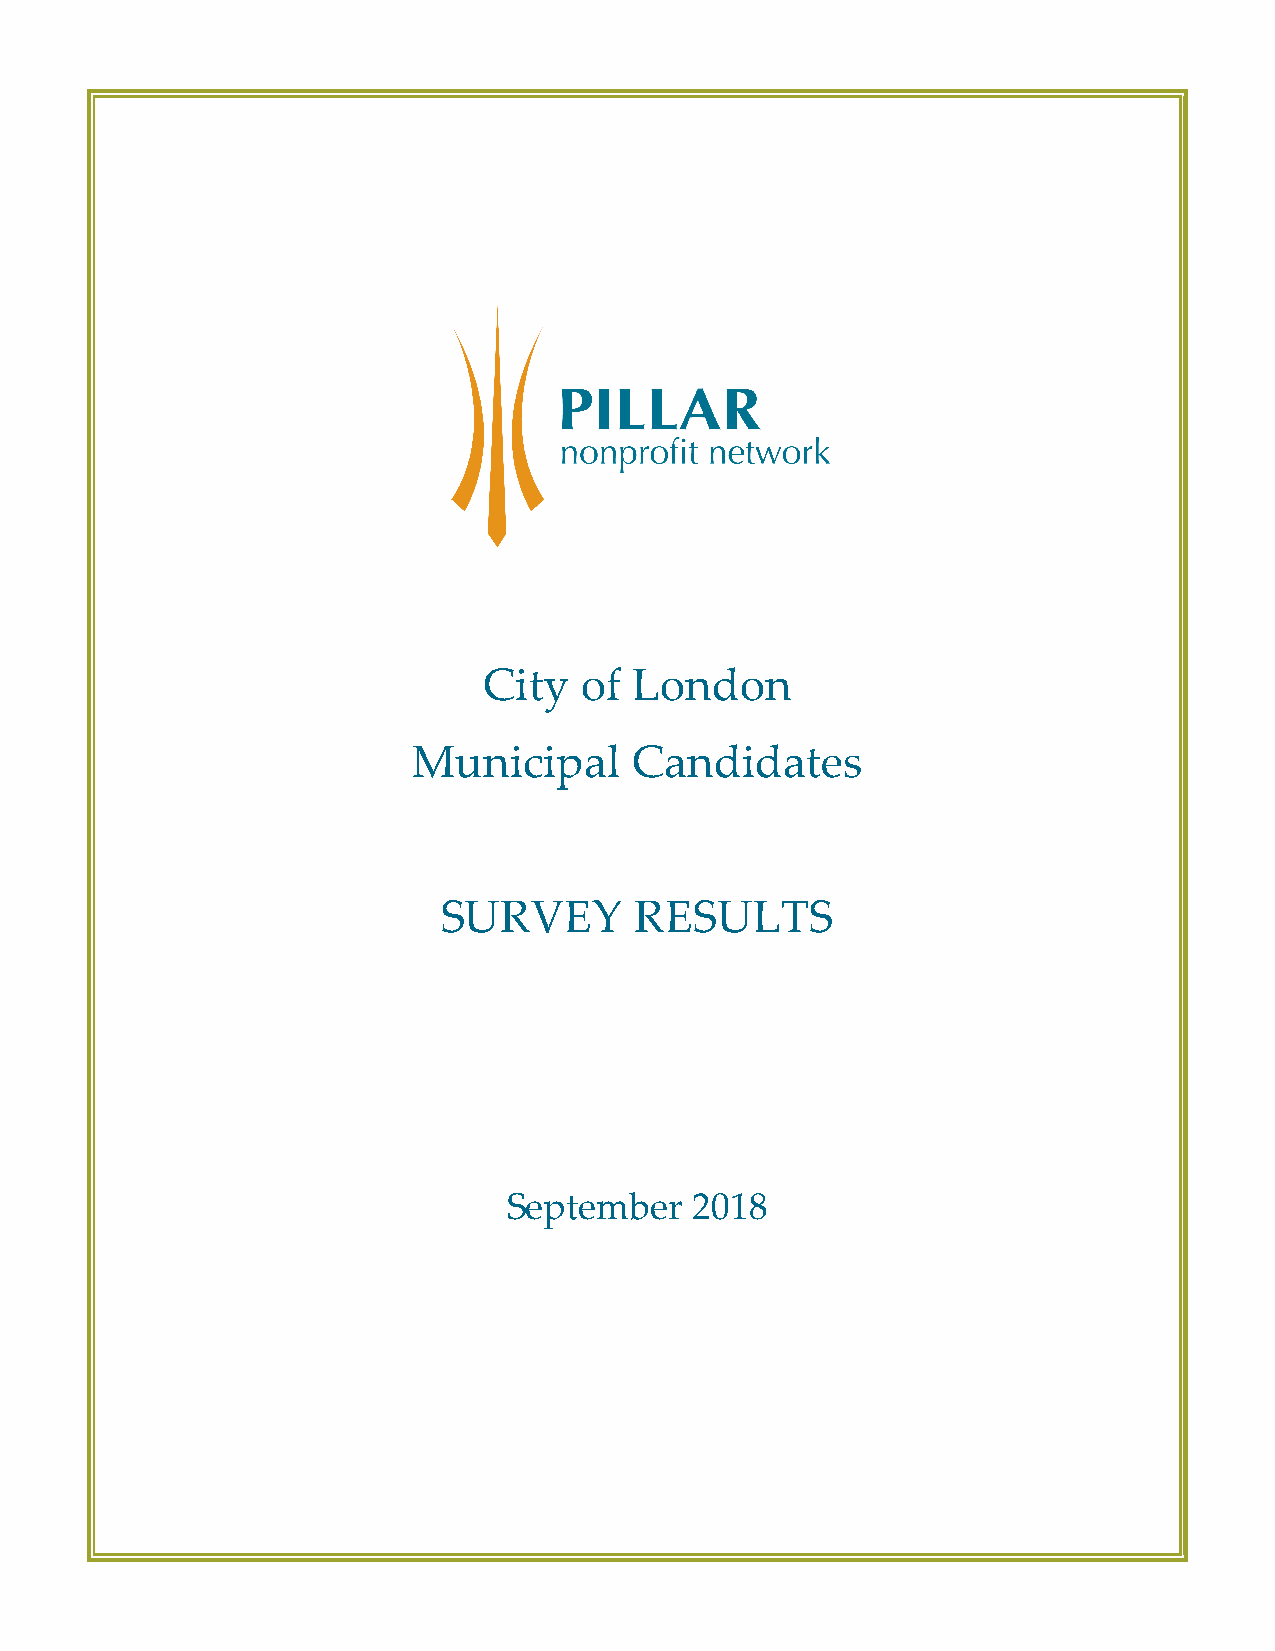
City  of  London
 Municipal      Candidates
 SURVEY       RESULTS
 September   2018